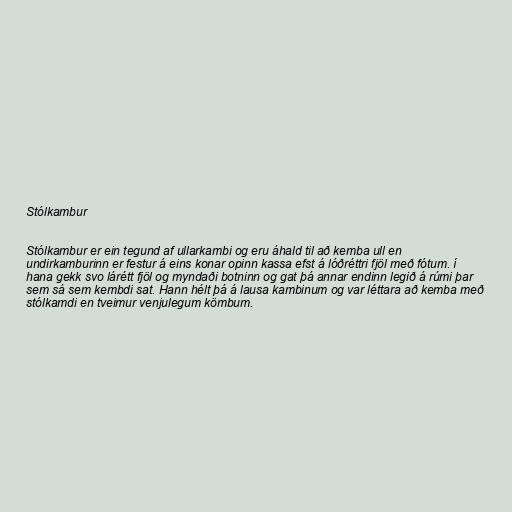
Stólkambur

Stólkambur er ein tegund af ullarkambi og eru áhald til að kemba ull en
undirkamburinn er festur á eins konar opinn kassa efst á lóðréttri fjöl með fótum. í
hana gekk svo lárétt fjöl og myndaði botninn og gat þá annar endinn legið á rúmi þar
sem sá sem kembdi sat. Hann hélt þá á lausa kambinum og var léttara að kemba með
stólkamdi en tveimur venjulegum kömbum.